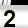
Digit: 2